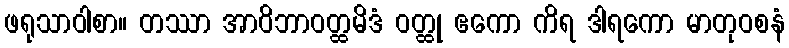
ဖရုသာဝါစာ။ တဿာ အာဝိဘာဝတ္ထမိဒံ ဝတ္ထု ဧကော ကိရ ဒါရကော မာတုဝစနံ